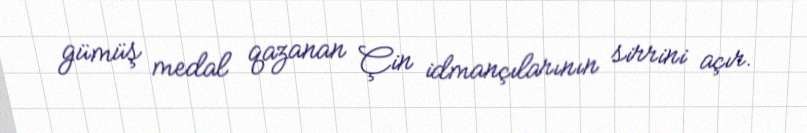
gümüş medal qazanan Çin idmançılarının sirrini açır.